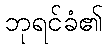
ဘုရင်ခံ၏